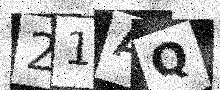
Text: 21AQ